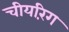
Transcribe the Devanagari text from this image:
चीयरिंग